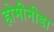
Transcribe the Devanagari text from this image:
होमीनीडा